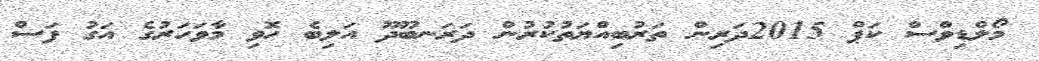
މޯލްޑިވްސް ކަޕް 2015ދަރިން ތަރުބިއްޔަތުކުރުން ދަރަނބޫދޫ އަލިބެ ހޮވި މާވަހަރުގެ އަގު ފަސް